Civil Veterinary Department Bihar reports 1936-40 - 1936-1940
Year: 1936
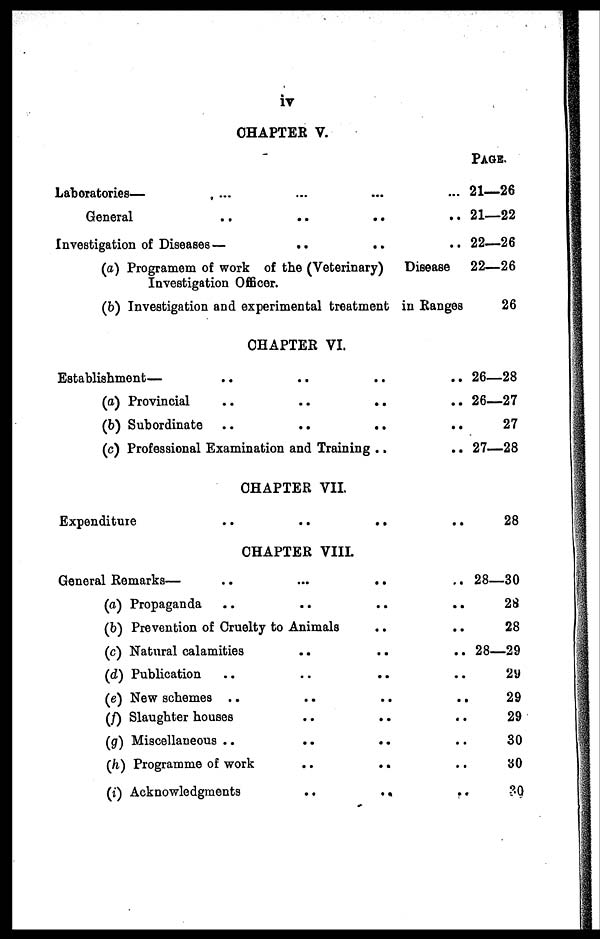
iv
CHAPTER V.
Laboratories— ... ...
General .. .. .. ..
Investigation of Diseases— .. .. ..
(a) Programem of work of the (Veterinary)
Disease
Investigation Officer.
(b) Investigation and experimental treatment in Ranges
CHAPTER VI.
Establishment— .. .. .. ..
(a) Provincial
..
..
..
(b) Subordinate .. .. ..
(c) Professional Examination and Training .. ..
CHAPTER VII.
Expenditure
..
..
..
..
CHAPTER VIII
General Remarks—
..
..
..
..
(a) Propaganda
..
..
..
..
(b) Prevention of Cruelty to Animals .. ..
(c) Natural calamities .. .. ..
(d) Publication .. .. .. ..
(e) New schemes .. .. .. ..
(f) Slaughter houses .. .. .. ..
(g) Miscellaneous
..
..
..
..
(h) Programme of work.. .. .. ..
(i) Acknowledgments .. .. ..
PAGE.
21—26
21—22
22—26
22—26
26
26—28
26—27
27
27—28
28
28—30
28
28
28—29
29
29
29
30
30
?0